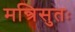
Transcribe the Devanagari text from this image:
मन्त्रिसुतः